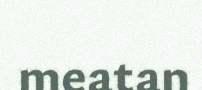
meatan